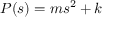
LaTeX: P ( s ) = m s ^ { 2 } + k